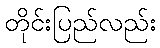
တိုင်းပြည်လည်း